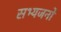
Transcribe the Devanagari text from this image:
सभ्यजनों